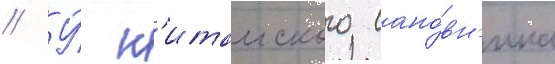
// У́ к'итаиского сано́вн'ика